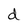
Character: d